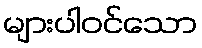
များပါဝင်သော